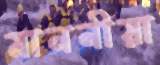
মাননীয়া